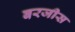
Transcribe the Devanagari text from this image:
बरजीस